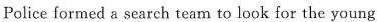
Police formed s search team to look for the young